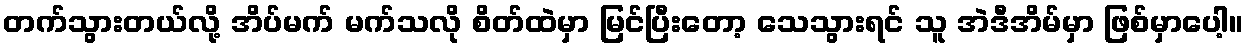
တက်သွားတယ်လို့ အိပ်မက် မက်သလို စိတ်ထဲမှာ မြင်ပြီးတော့ သေသွားရင် သူ အဲဒီအိမ်မှာ ဖြစ်မှာပေါ့။